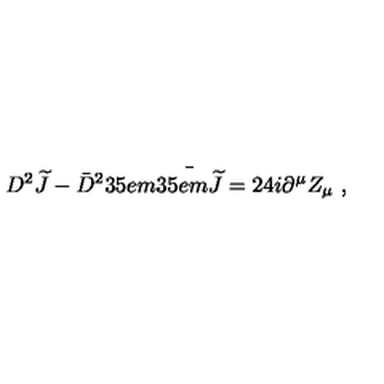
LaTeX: D ^ { 2 } { \widetilde J } - { \bar { D } } ^ { 2 } { \kern . 3 5 e m \bar { \kern - . 3 5 e m { \widetilde J } } } = 2 4 i \partial ^ { \mu } Z _ { \mu } \ ,